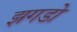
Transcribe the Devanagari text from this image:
झगडो